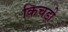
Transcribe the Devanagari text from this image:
किचड़ी